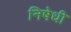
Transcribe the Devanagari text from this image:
निषेधी